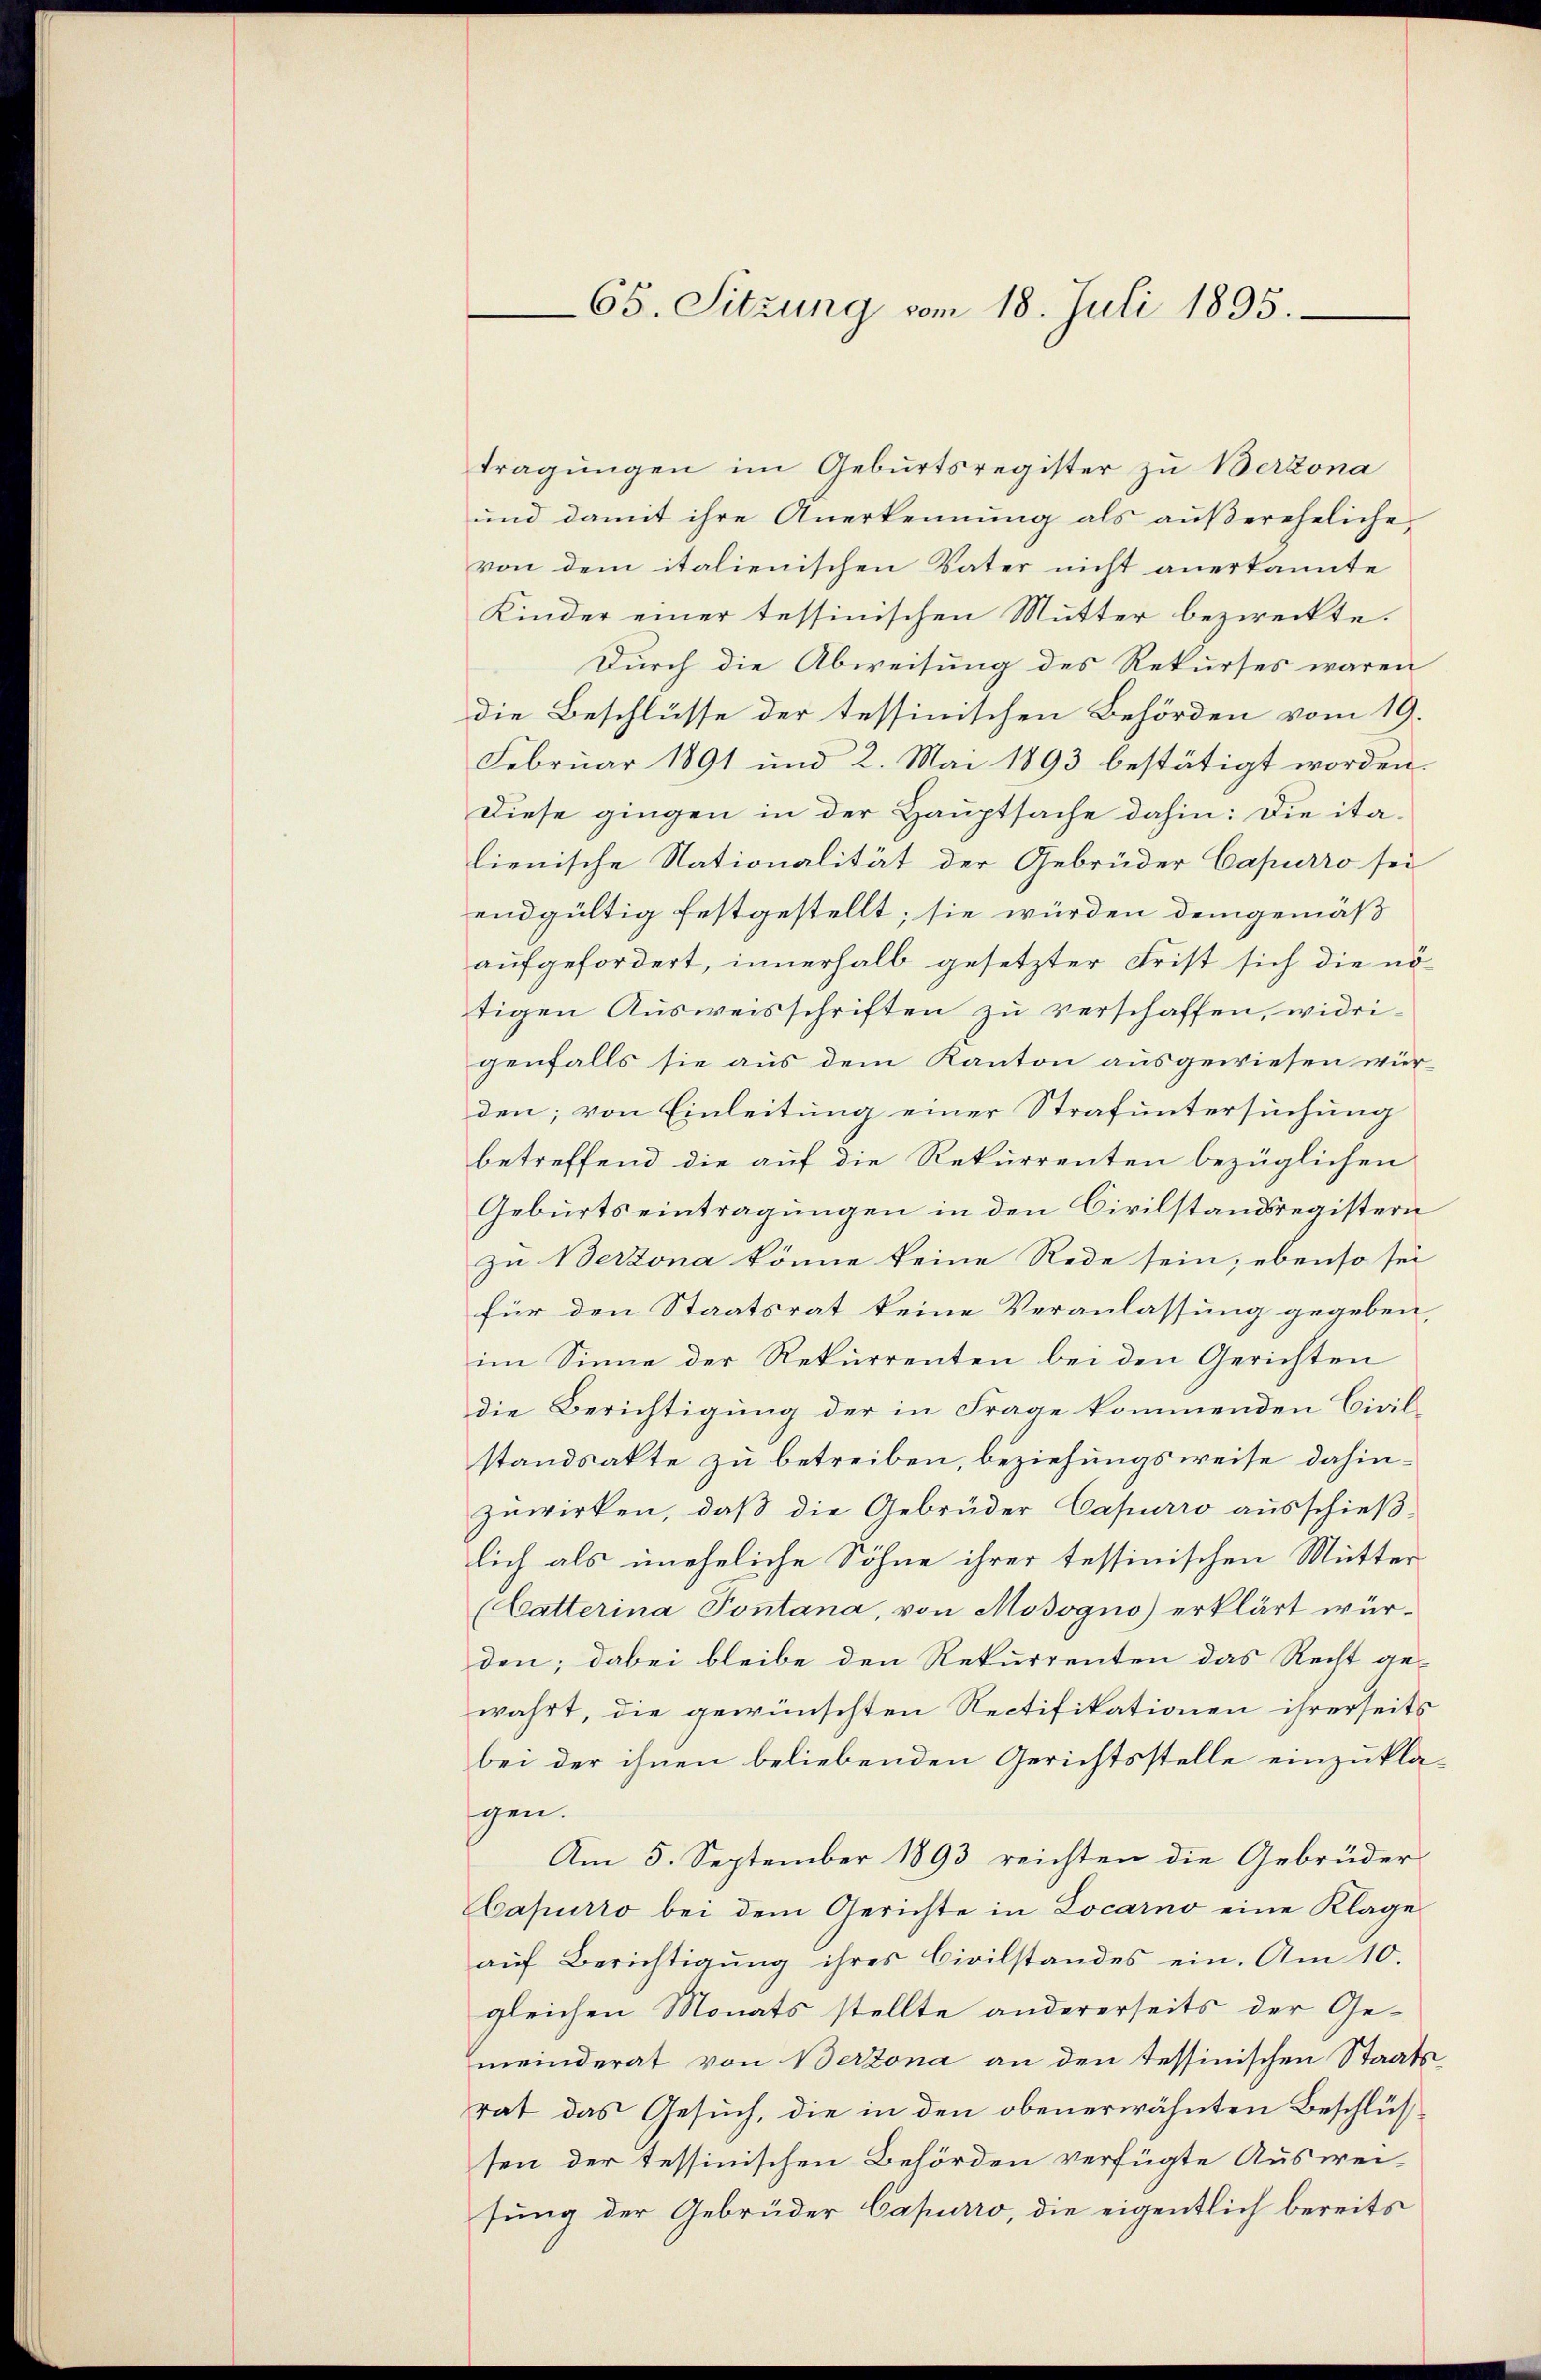
65. Sitzung vom 18. Juli 1895.

tragungen im Geburtsregister zu Bertona
und damit ihre Anerkennung als außereheliche
von dem italienischen Vater nicht anerkannte
Kinder einer tessinischen Mutter bezweckte.
Durch die Abweisung des Rekurses waren
die Beschlüsse der tessinischen Behörden vom 19.
Februar 1891 und 2. Mai 1893 bestätigt worden.
Diese gingen in der Hauptsache dahin: Die italienische Nationalität der Gebrüder Capurro sei
endgültig festgestellt; sie würden demgemäß
aufgefordert, innerhalb gesetzter Frist sich die nötigen Ausweisschriften zu verschaffen, widrigenfalls sie aus dem Kanton ausgewiesen wür-
den; von Einleitung einer Strafuntersuchung
betreffend die auf die Rekurrenten bezüglichen
Geburtseintragungen in den Civilstandsregistern
zu Berzona könne keine Rede sein; ebenso sei
für den Staatsrat keine Veranlassung gegeben,
im Sinne der Rekurrenten bei den Gerichten
die Berichtigung der in Frage kommenden Civil-
standsakte zu betreiben, beziehungsweise dahinzuwirken, daß die Gebrüder Capurro ausschieß-
lich als uneheliche Söhne ihrer tessinischen Mutter-
(Catterina Pontana, von Mosogno) erklärt würden; dabei bleibe den Rekurrenten das Recht ge-
wahrt, die gewünschten Rectifikationen ihrerseits
bei der ihnen beliebenden Gerichtsstelle einzuklagen.
Am 5. September 1893 reichten die Gebrüder-
Capurro bei dem Gerichte in Locarno eine Klage
aŭf Berichtigŭng ihres Civilstandes ein. Am 10.
gleichen Monats stellte andererseits der Gemeinderat von Bertona an den tessinischen Staatsrat das Gesuch, die in den obenerwähnten Beschlüsssen der tessinischen Behörden verfügte Ausweisung der Gebrüder Capurro, die eigentlich bereits